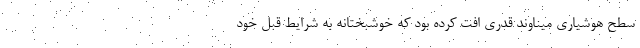
سطح هوشیاری میناوند قدری افت کرده بود که خوشبختانه به شرایط قبل خود